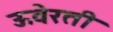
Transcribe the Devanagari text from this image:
ऊवेरती